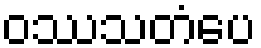
ဝဿသတံပေ